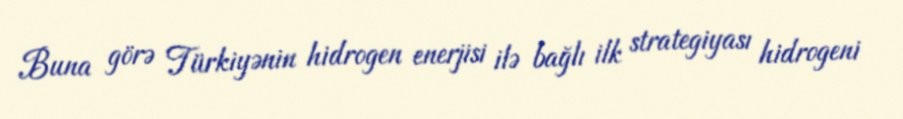
Buna görə Türkiyənin hidrogen enerjisi ilə bağlı ilk strategiyası hidrogeni